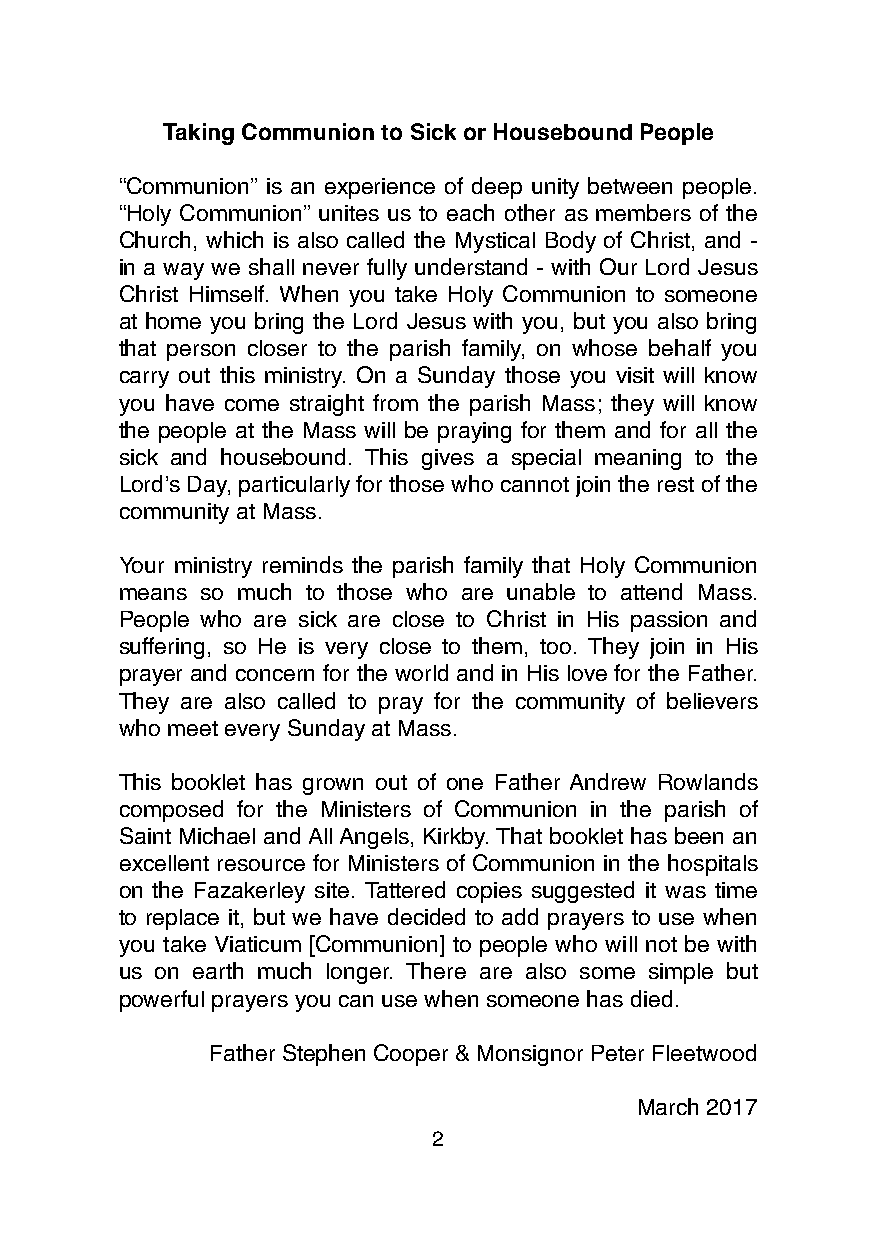
Taking Communion to Sick or Housebound People
 “Communion” is an experience of deep unity between people.
 “Holy Communion” unites us to each other as members of the
 Church, which is also called the Mystical Body of Christ, and -
 in a way we shall never fully understand - with Our Lord Jesus
 Christ Himself. When you take Holy Communion to someone
 at home you bring the Lord Jesus with you, but you also bring
 that person closer to the parish family, on whose behalf you
 carry out this ministry. On a Sunday those you visit will know
 you have come straight from the parish Mass; they will know
 the people at the Mass will be praying for them and for all the
 sick and housebound. This gives a special meaning to the
 Lord’s Day, particularly for those who cannot join the rest of the
 community at Mass.
 Your ministry reminds the parish family that Holy Communion
 means so much to those who are unable to attend Mass.
 People who are sick are close to Christ in His passion and
 suffering, so He is very close to them, too. They join in His
 prayer and concern for the world and in His love for the Father.
 They are also called to pray for the community of believers
 who meet every Sunday at Mass.
 This booklet has grown out of one Father Andrew Rowlands
 composed for the Ministers of Communion in the parish of
 Saint Michael and All Angels, Kirkby. That booklet has been an
 excellent resource for Ministers of Communion in the hospitals
 on the Fazakerley site. Tattered copies suggested it was time
 to replace it, but we have decided to add prayers to use when
 you take Viaticum [Communion] to people who will not be with
 us on earth much longer. There are also some simple but
 powerful prayers you can use when someone has died.
 Father Stephen Cooper & Monsignor Peter Fleetwood
 March 2017
 2